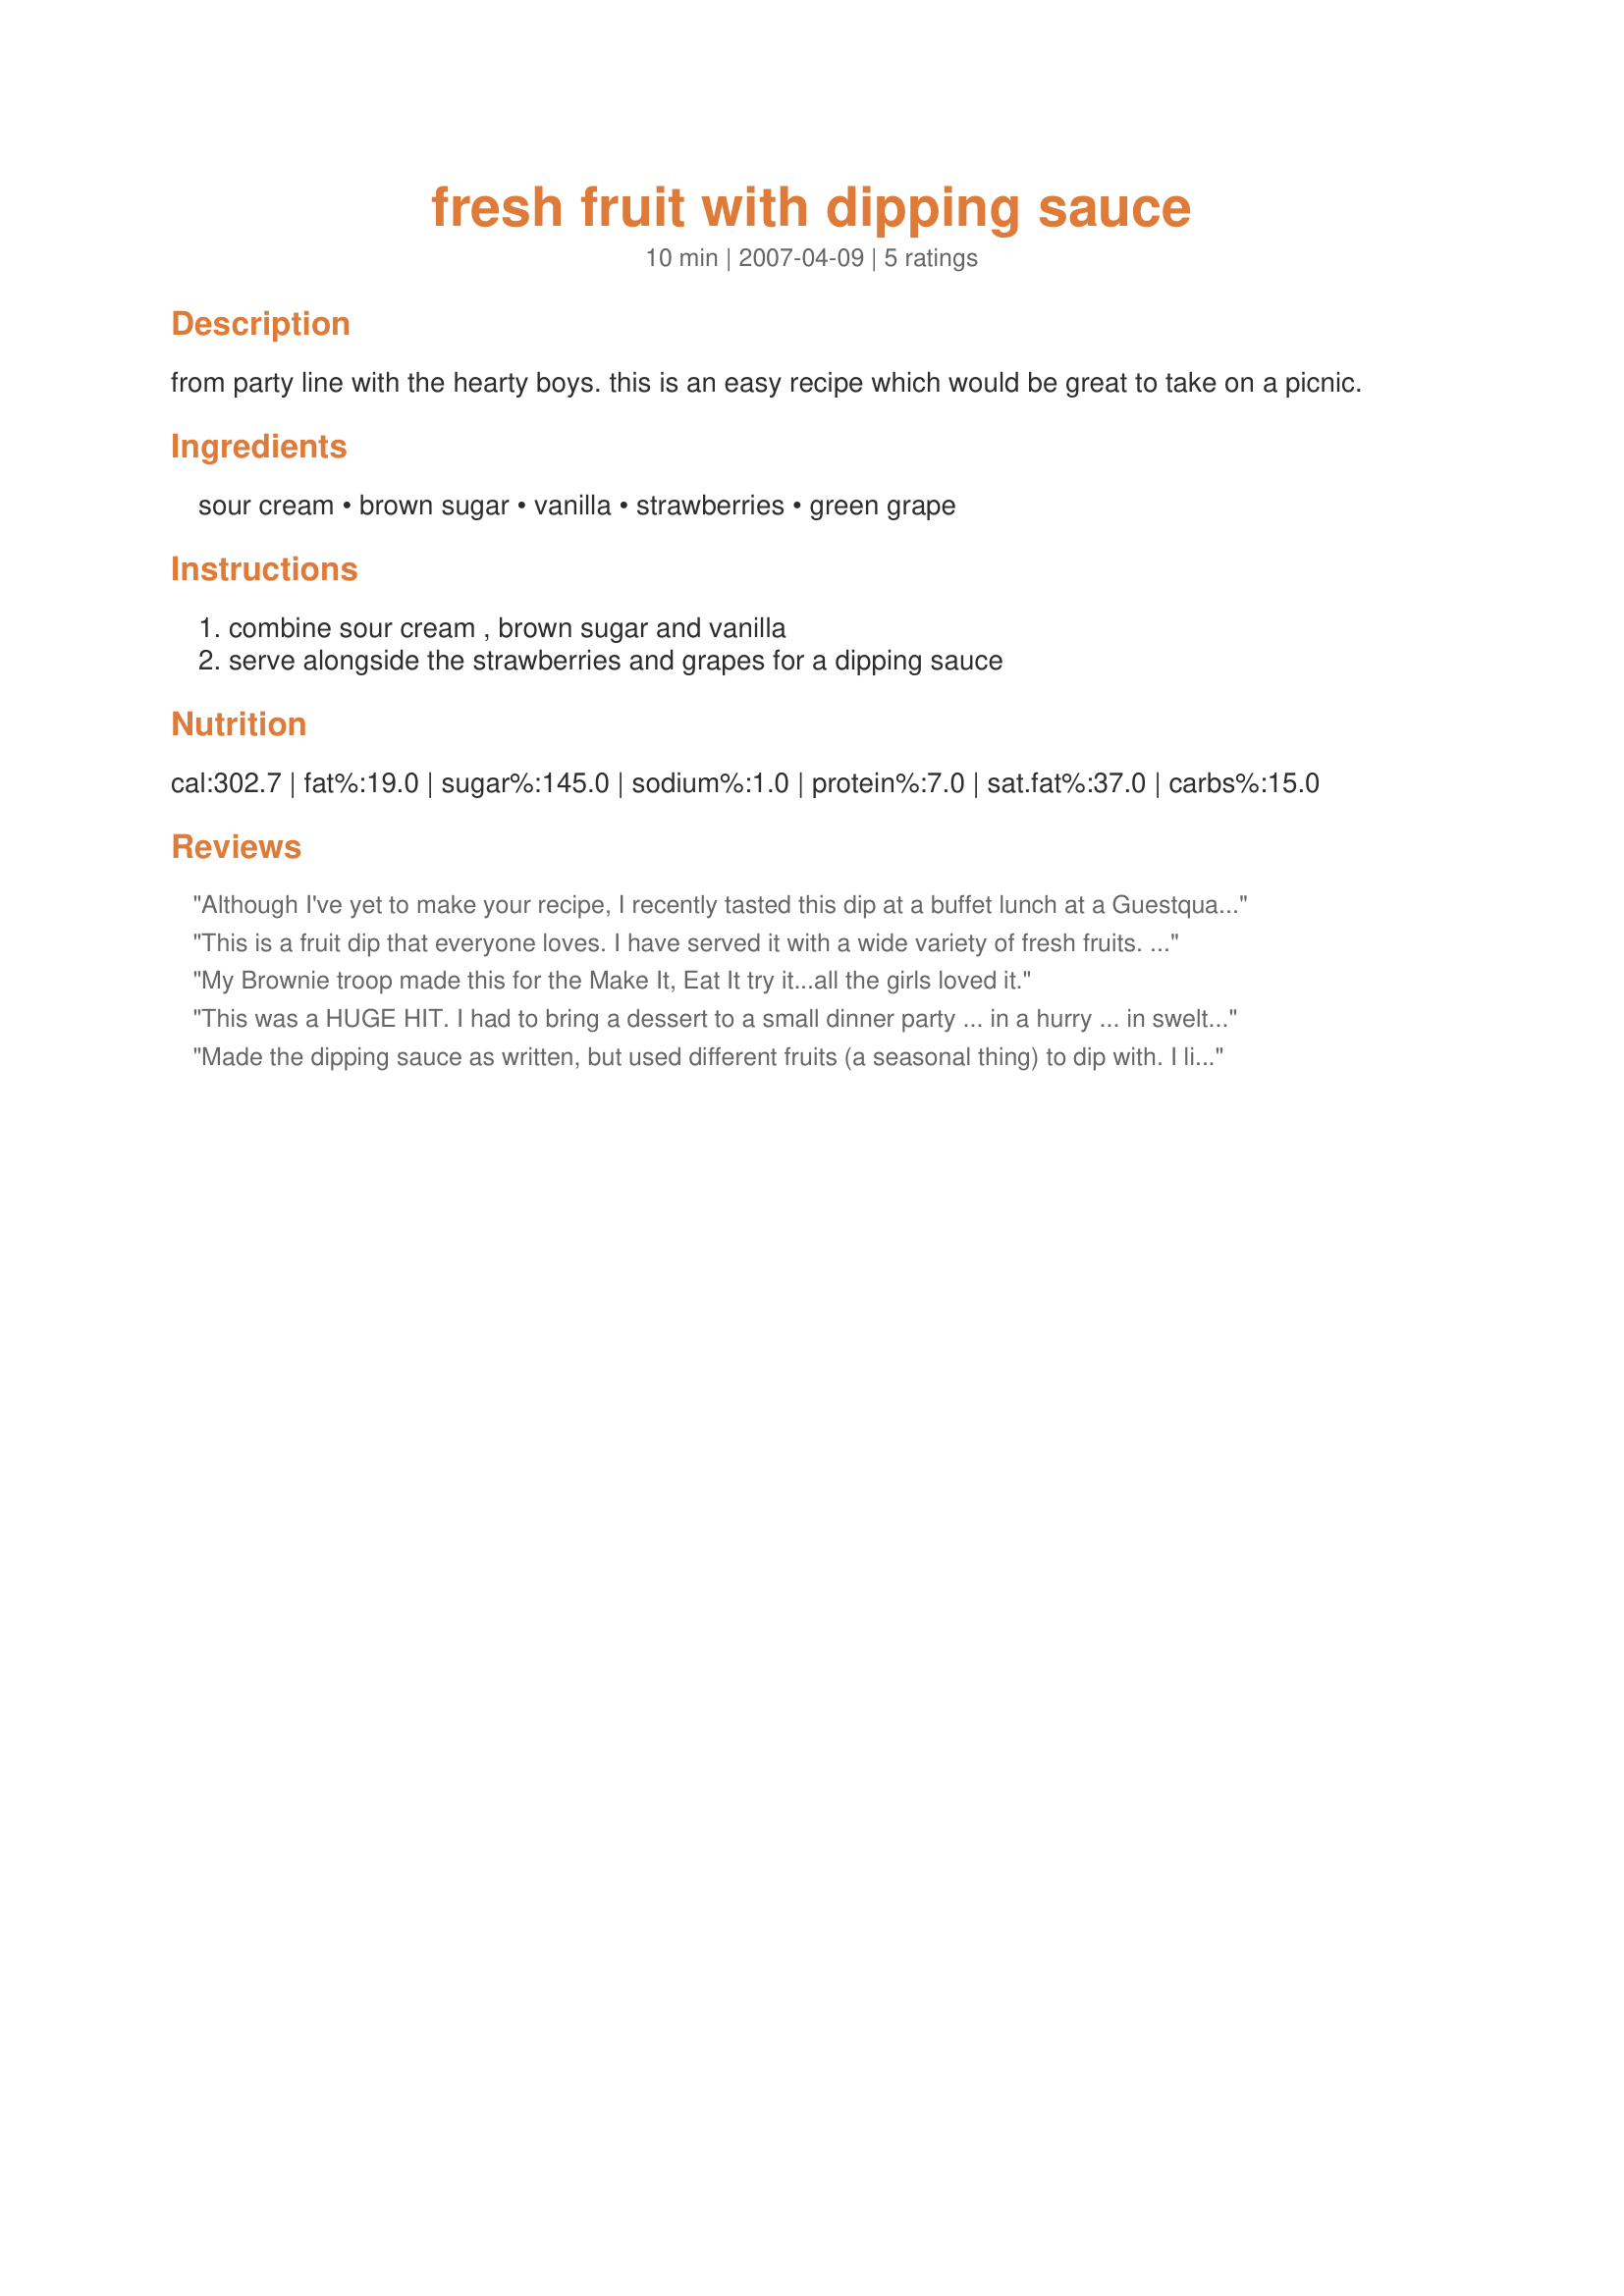
fresh fruit with dipping sauce
Preparation time: 10 minutes

from party line with the hearty boys. this is an easy recipe which would be great to take on a picnic.

Ingredients:
sour cream, brown sugar, vanilla, strawberries, green grape

Steps:
combine sour cream , brown sugar and vanilla, serve alongside the strawberries and grapes for a dipping sauce

Reviews:
Although I've yet to make your recipe, I recently tasted this dip at a buffet lunch at a Guestquarters hotel. My DH and I tried our darndest to identify the ingredients. Alas, I finally had to ask the server for the recipe....it was that delicious. He told me the ingredients but not the measurement..........so happy to have them now. Thanks so much for posting this.
This is a fruit dip that everyone loves. I have served it with a wide variety of fresh fruits. Kids especially love this with strawberries and apples.
My Brownie troop made this for the Make It, Eat It try it...all the girls loved it.
This was a HUGE HIT. I had to bring a dessert to a small dinner party ... in a hurry ... in sweltering weather. Looked up this recipe, which seemed innocent enough. I can't get sour cream where I live , so I used a half cup lowfat yoghurt and a half cup very heavy cream (cooking cream, they call it in Italy). Cut back the brown sugar to 3 tablespoons. Surrounded the bowl of sauce with cantaloupe, watermelon, grapes, and pineapple. Dotted the platter with blueberries, as in the photo. People were eating the sauce out of the bowl with SOUP SPOONS!
Made the dipping sauce as written, but used different fruits (a seasonal thing) to dip with. I literally had 3 pieces of fruit, told DD to have some and when I came back, she was on the last piece of fruit!! Needless to say she loved it. I do believe that next time I make it, I will cut down on the brown sugar a tad, just because I don't have a real sweet tooth. Thanks for posting this quick, tasty recipe!
